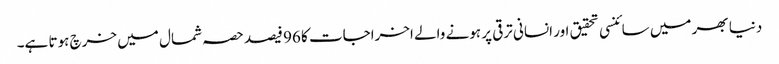
دنیا بھر میں سائنسی تحقیق اور انسانی ترقی پر ہونے والے اخراجات کا 96 فیصد حصہ شمال میں خرچ ہوتا ہے۔